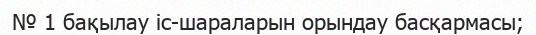
№ 1 бақылау іс-шараларын орындау басқармасы;